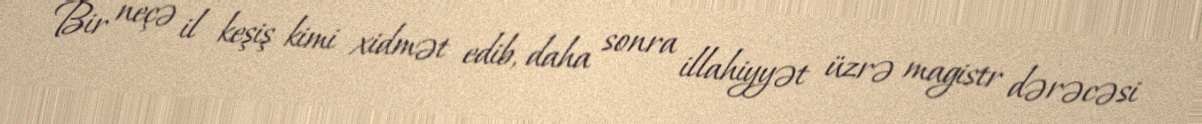
Bir neçə il keşiş kimi xidmət edib, daha sonra illahiyyət üzrə magistr dərəcəsi